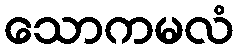
သောကမလံ